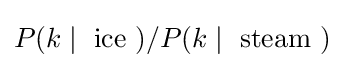
P(k\mid {\text{ ice }})/P(k\mid {\text{ steam }})